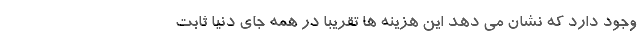
وجود دارد که نشان می دهد این هزینه ها تقریبا در همه جای دنیا ثابت